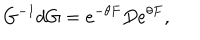
G ^ { - 1 } d G = e ^ { - \theta F } D e ^ { \theta F } ,